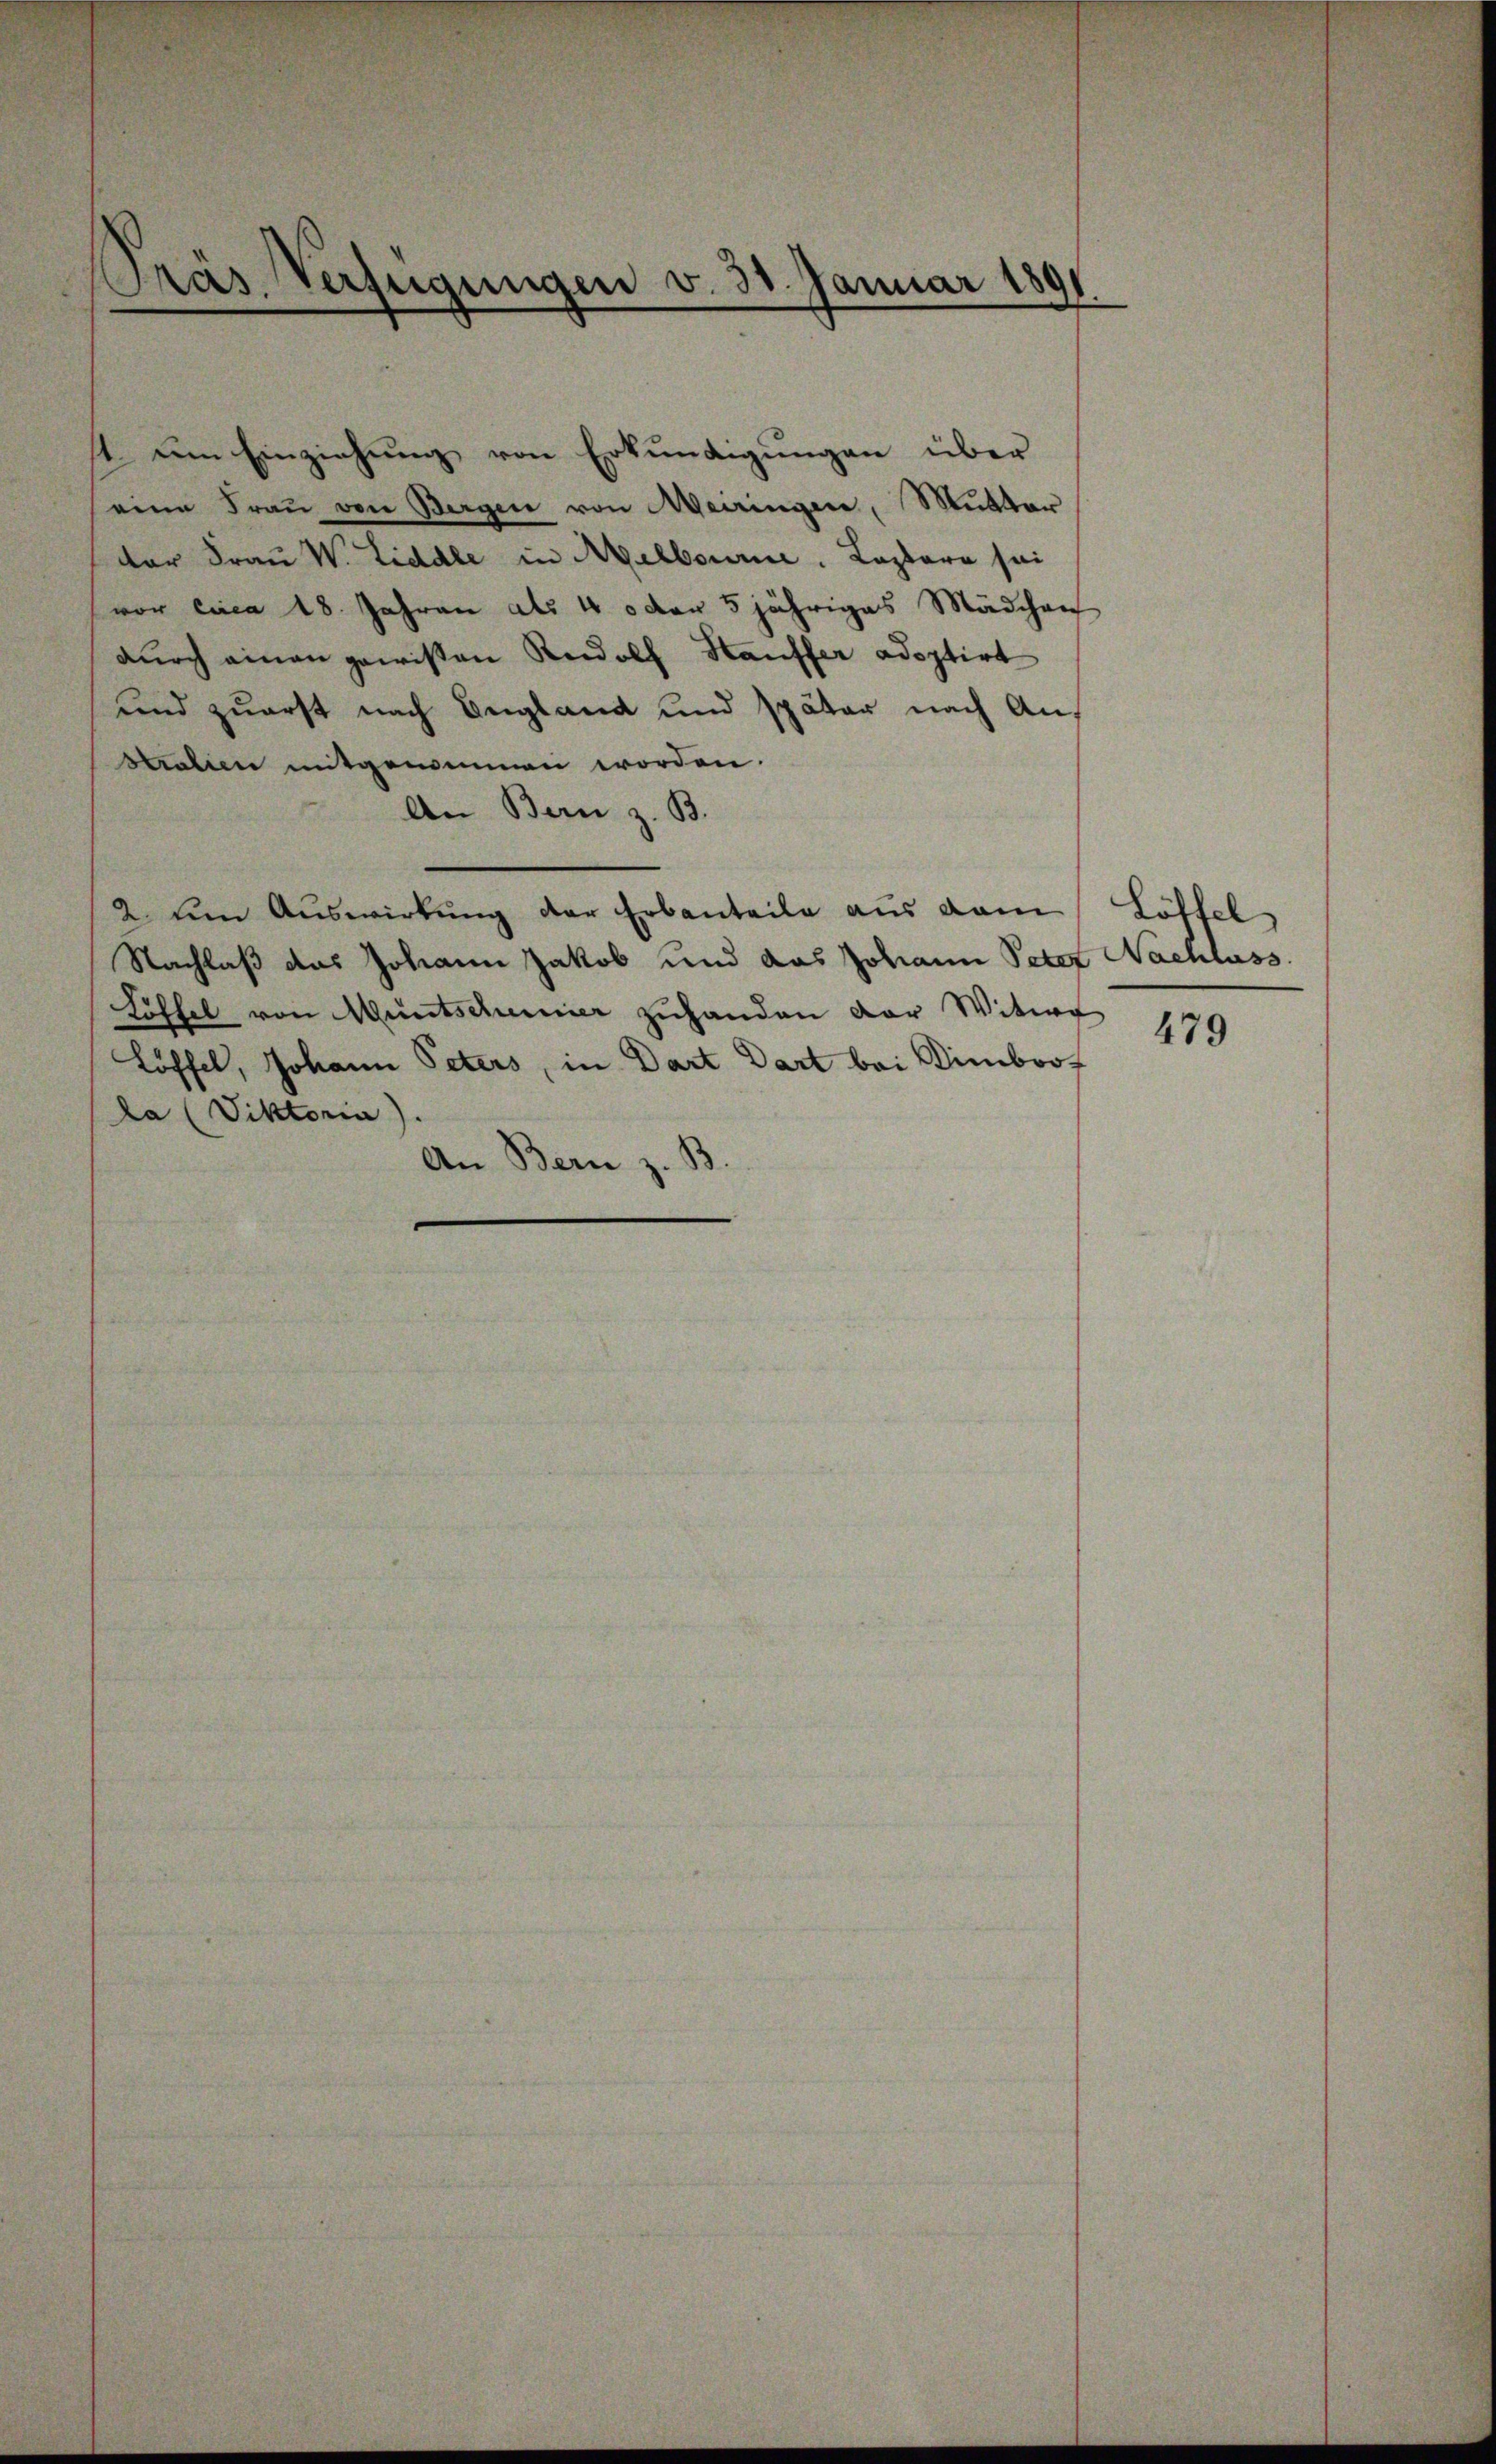
Präs. Verfügungen v. 30. Januar 1891

t um Einziehung von Erkundigungen über
eine Fraŭ von Bergen von Meiringen, Mutter
der Frau W. Liddle in Melbourne. Lazara sei
(vor circa 18. Jahren als 4 oder 5 jähriges Mädchen
dŭrch einen gewissen Rudolf Hauffer adoptirt
und zuerst nach England und später nach An-
stralien mitgenommen worden.
An Bern z. B.
2 um Auswirkung der Erbanteile aus dam
Nachlaß das Johann Jakob und das Johann Peter Nachlass.
Löffel von Muntschenier zuhanden der Witwe
Löffel, Johann Peters, in Dart Dart bei Dimboola (Viktoria).
An Bern z. B.

Löffel

479